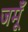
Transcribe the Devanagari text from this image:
जमूँ